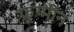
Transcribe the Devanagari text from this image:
फ्रूग्मीन